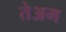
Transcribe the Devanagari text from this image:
तेअम